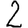
Digit: 2